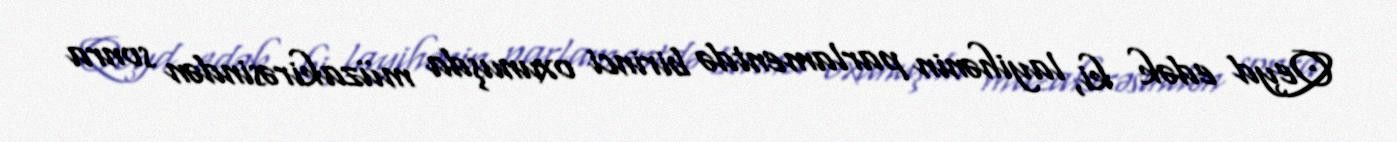
Qeyd edək ki, layihənin parlamentdə birinci oxunuşda müzakirəsindən sonra